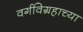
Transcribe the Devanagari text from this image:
वर्गविग्रहाच्या